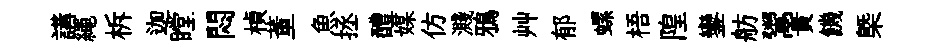
講繩柝迦瞠悶楨董魚拯醴媒仿濺鴉艸郁螺梧隍鑾舫鬻貴饑㮣